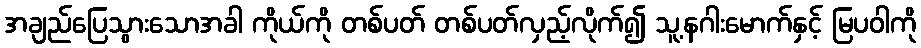
အချည်ပြေသွားသောအခါ ကိုယ်ကို တစ်ပတ် တစ်ပတ်လှည့်လိုက်၍ သူ့နဂါးမောက်နှင့် မြပဝါကို